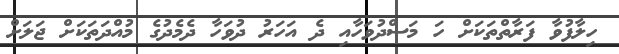
ހިލާފުވާ ފަރާތްތަކަށް ހަ މަސްދުވަހާއި ދެ އަހަރު ދުވަހާ ދެމެދުގެ މުއްދަތަކަށް ޖަލަށް